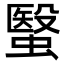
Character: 䗟